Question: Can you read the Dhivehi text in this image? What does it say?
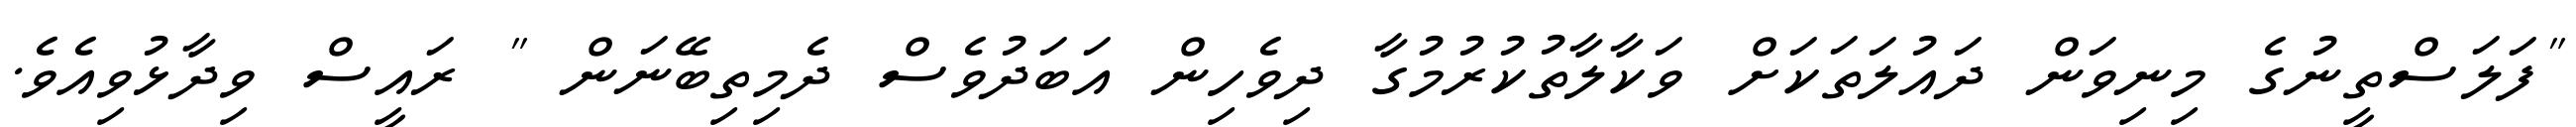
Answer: "ފަލަސްތީނުގެ މިނިވަން ދައުލަތަކަށް ވަކާލާތުކުރުމުގާ ދިވެހިން އަބަދުވެސް ދެމިތިބޭނަން " ރައީސް ވިދާޅުވިއެވެ.